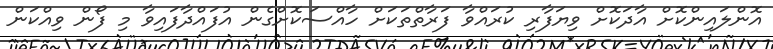
އޮންލައިންކޮށް އާދަކޮށް ވިޔަފާރި ކުރައްވާ ފަރާތްތަކަށް ހާއްސަކޮށްގެން އުފައްދާފައިވާ މި ފޯން ވިއްކަން